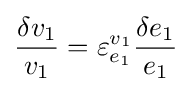
{\frac {\delta v_{1}}{v_{1}}}=\varepsilon _{e_{1}}^{v_{1}}{\frac {\delta e_{1}}{e_{1}}}